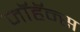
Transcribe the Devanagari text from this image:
जॉहॅन्स